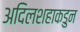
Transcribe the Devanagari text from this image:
अदिलशहाकडुन